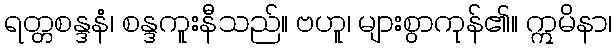
ရတ္တစန္ဒနံ၊ စန္ဒကူးနီသည်။ ဗဟူ၊ များစွာကုန်၏။ ဣမိနာ၊